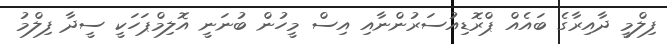
ފިލްމީ ދާއިރާގެ ބައެއް ޕްރޮޑިއުސަރުންނާއި އިސް މީހުން ބުނަނީ އޮލިމްޕަހަކީ ސީދާ ފިލްމު